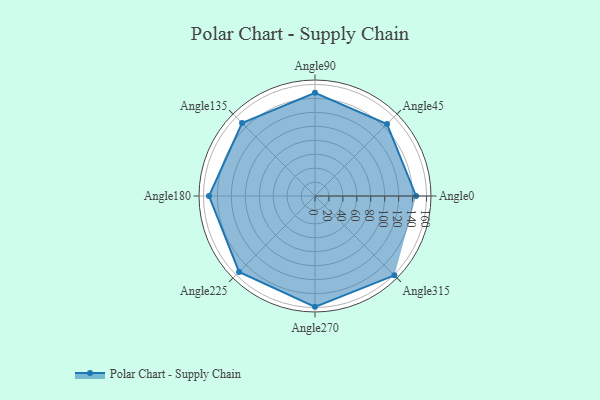
{"axis": {"x": "Angle", "y": "Radius"}, "legend": [""], "data": [{"x": "Angle0", "y": 145.0, "type": ""}, {"x": "Angle45", "y": 146.0, "type": ""}, {"x": "Angle90", "y": 148.0, "type": ""}, {"x": "Angle135", "y": 148.0, "type": ""}, {"x": "Angle180", "y": 152.0, "type": ""}, {"x": "Angle225", "y": 154.0, "type": ""}, {"x": "Angle270", "y": 159.0, "type": ""}, {"x": "Angle315", "y": 161.0, "type": ""}]}